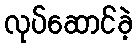
လုပ်ဆောင်ခဲ့